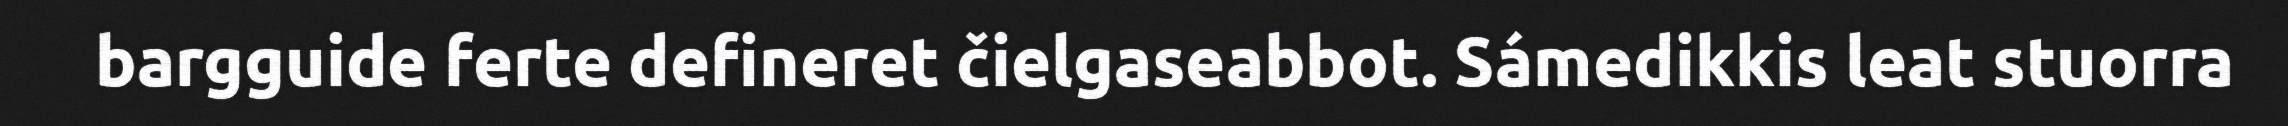
bargguide ferte defineret čielgaseabbot. Sámedikkis leat stuorra